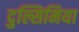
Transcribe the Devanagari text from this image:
दुल्सिमिया